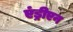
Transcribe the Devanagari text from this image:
एंड्रीएन